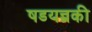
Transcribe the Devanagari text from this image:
षडयन्त्रकी